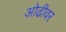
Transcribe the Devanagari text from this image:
ओढीवर